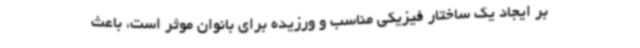
بر ایجاد یک ساختار فیزیکی مناسب و ورزیده برای بانوان موثر است، باعث